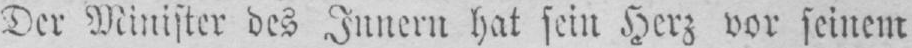
Der Minister des Innern hat sein Herz vor seinem